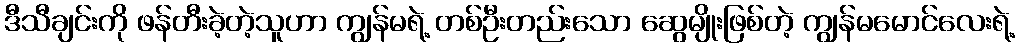
ဒီသီချင်းကို ဖန်တီးခဲ့တဲ့သူဟာ ကျွန်မရဲ့ တစ်ဦးတည်းသော ဆွေမျိုးဖြစ်တဲ့ ကျွန်မမောင်လေးရဲ့